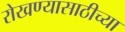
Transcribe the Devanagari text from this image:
रोखण्यासाठीच्या